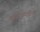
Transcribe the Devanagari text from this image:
कवेरिपूम्पत्तिनम